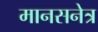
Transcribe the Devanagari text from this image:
मानसनेत्र